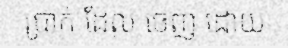
ប្រាក់ ដែល ចេញ ដោយ